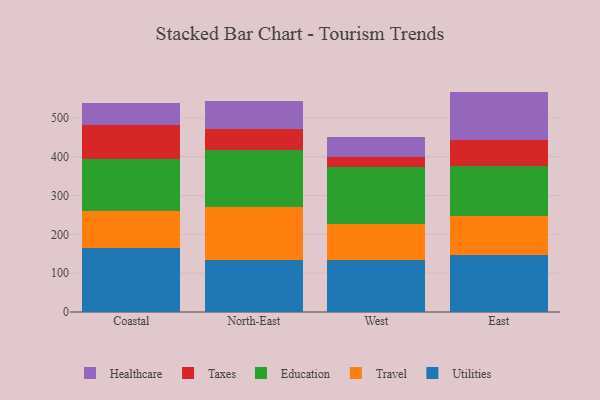
{"axis": {"x": "Region", "y": "Tickets Resolved"}, "legend": ["Education", "Healthcare", "Taxes", "Travel", "Utilities"], "data": [{"x": "Coastal", "y": 165.3, "type": "Utilities"}, {"x": "Coastal", "y": 95.7, "type": "Travel"}, {"x": "Coastal", "y": 134.1, "type": "Education"}, {"x": "Coastal", "y": 85.5, "type": "Taxes"}, {"x": "Coastal", "y": 57.4, "type": "Healthcare"}, {"x": "North-East", "y": 133.9, "type": "Utilities"}, {"x": "North-East", "y": 137.7, "type": "Travel"}, {"x": "North-East", "y": 144.7, "type": "Education"}, {"x": "North-East", "y": 55.0, "type": "Taxes"}, {"x": "North-East", "y": 72.0, "type": "Healthcare"}, {"x": "West", "y": 132.9, "type": "Utilities"}, {"x": "West", "y": 94.1, "type": "Travel"}, {"x": "West", "y": 146.4, "type": "Education"}, {"x": "West", "y": 25.1, "type": "Taxes"}, {"x": "West", "y": 51.3, "type": "Healthcare"}, {"x": "East", "y": 146.7, "type": "Utilities"}, {"x": "East", "y": 101.3, "type": "Travel"}, {"x": "East", "y": 128.8, "type": "Education"}, {"x": "East", "y": 65.5, "type": "Taxes"}, {"x": "East", "y": 125.5, "type": "Healthcare"}]}